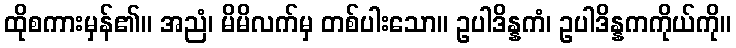
ထိုစကားမှန်၏။ အညံ၊ မိမိလက်မှ တစ်ပါးသော။ ဥပါဒိန္နကံ၊ ဥပါဒိန္နကကိုယ်ကို။